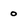
Character: 0